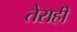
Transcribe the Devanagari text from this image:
तेराही